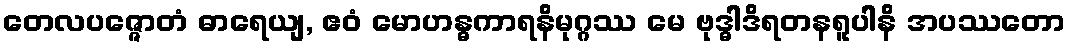
တေလပဇ္ဇောတံ ဓာရေယျ, ဧဝံ မောဟန္ဓကာရနိမုဂ္ဂဿ မေ ဗုဒ္ဓါဒိရတနရူပါနိ အပဿတော